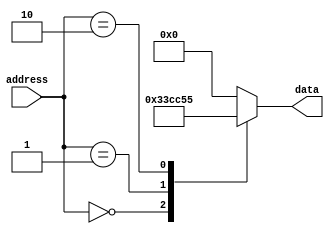
module ROM (
    input [7:0] address,
    output reg [7:0] data
);

always @(*) begin
    case(address)
        8'h00: data = 8'b00110011;
        8'h01: data = 8'b11001100;
        8'h02: data = 8'b01010101;
        // Add more memory blocks here as needed
        default: data = 8'b00000000; // Default value if address is not found
    endcase
end

endmodule